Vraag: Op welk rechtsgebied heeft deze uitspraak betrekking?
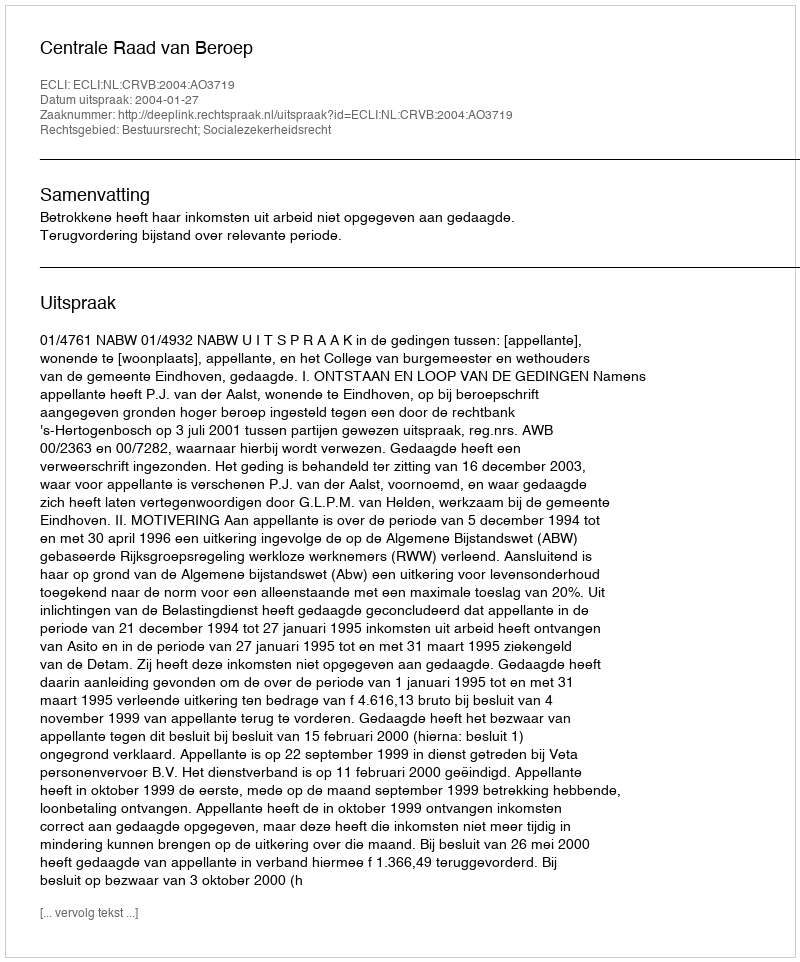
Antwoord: Bestuursrecht; Socialezekerheidsrecht